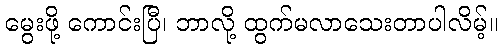
မွေးဖို့ ကောင်းပြီ၊ ဘာလို့ ထွက်မလာသေးတာပါလိမ့်။